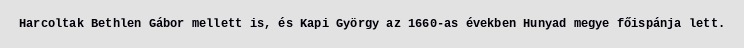
Harcoltak Bethlen Gábor mellett is, és Kapi György az 1660-as években Hunyad megye főispánja lett.